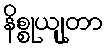
နိစ္စုယျုတာ